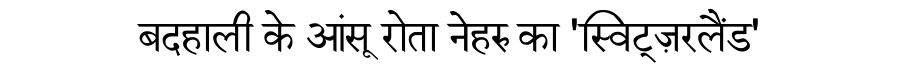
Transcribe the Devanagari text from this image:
बदहाली के आंसू रोता नेहरु का 'स्विट्ज़रलैंड'